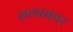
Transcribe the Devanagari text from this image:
सलाकार